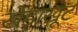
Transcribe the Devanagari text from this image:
खेड़ाखूंट